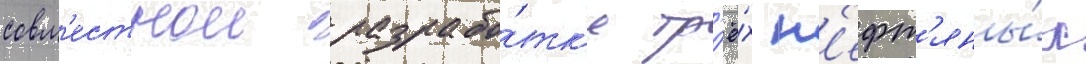
совм'естнои разрабо́тк'е тр'ё́х н'ефт'яны́х